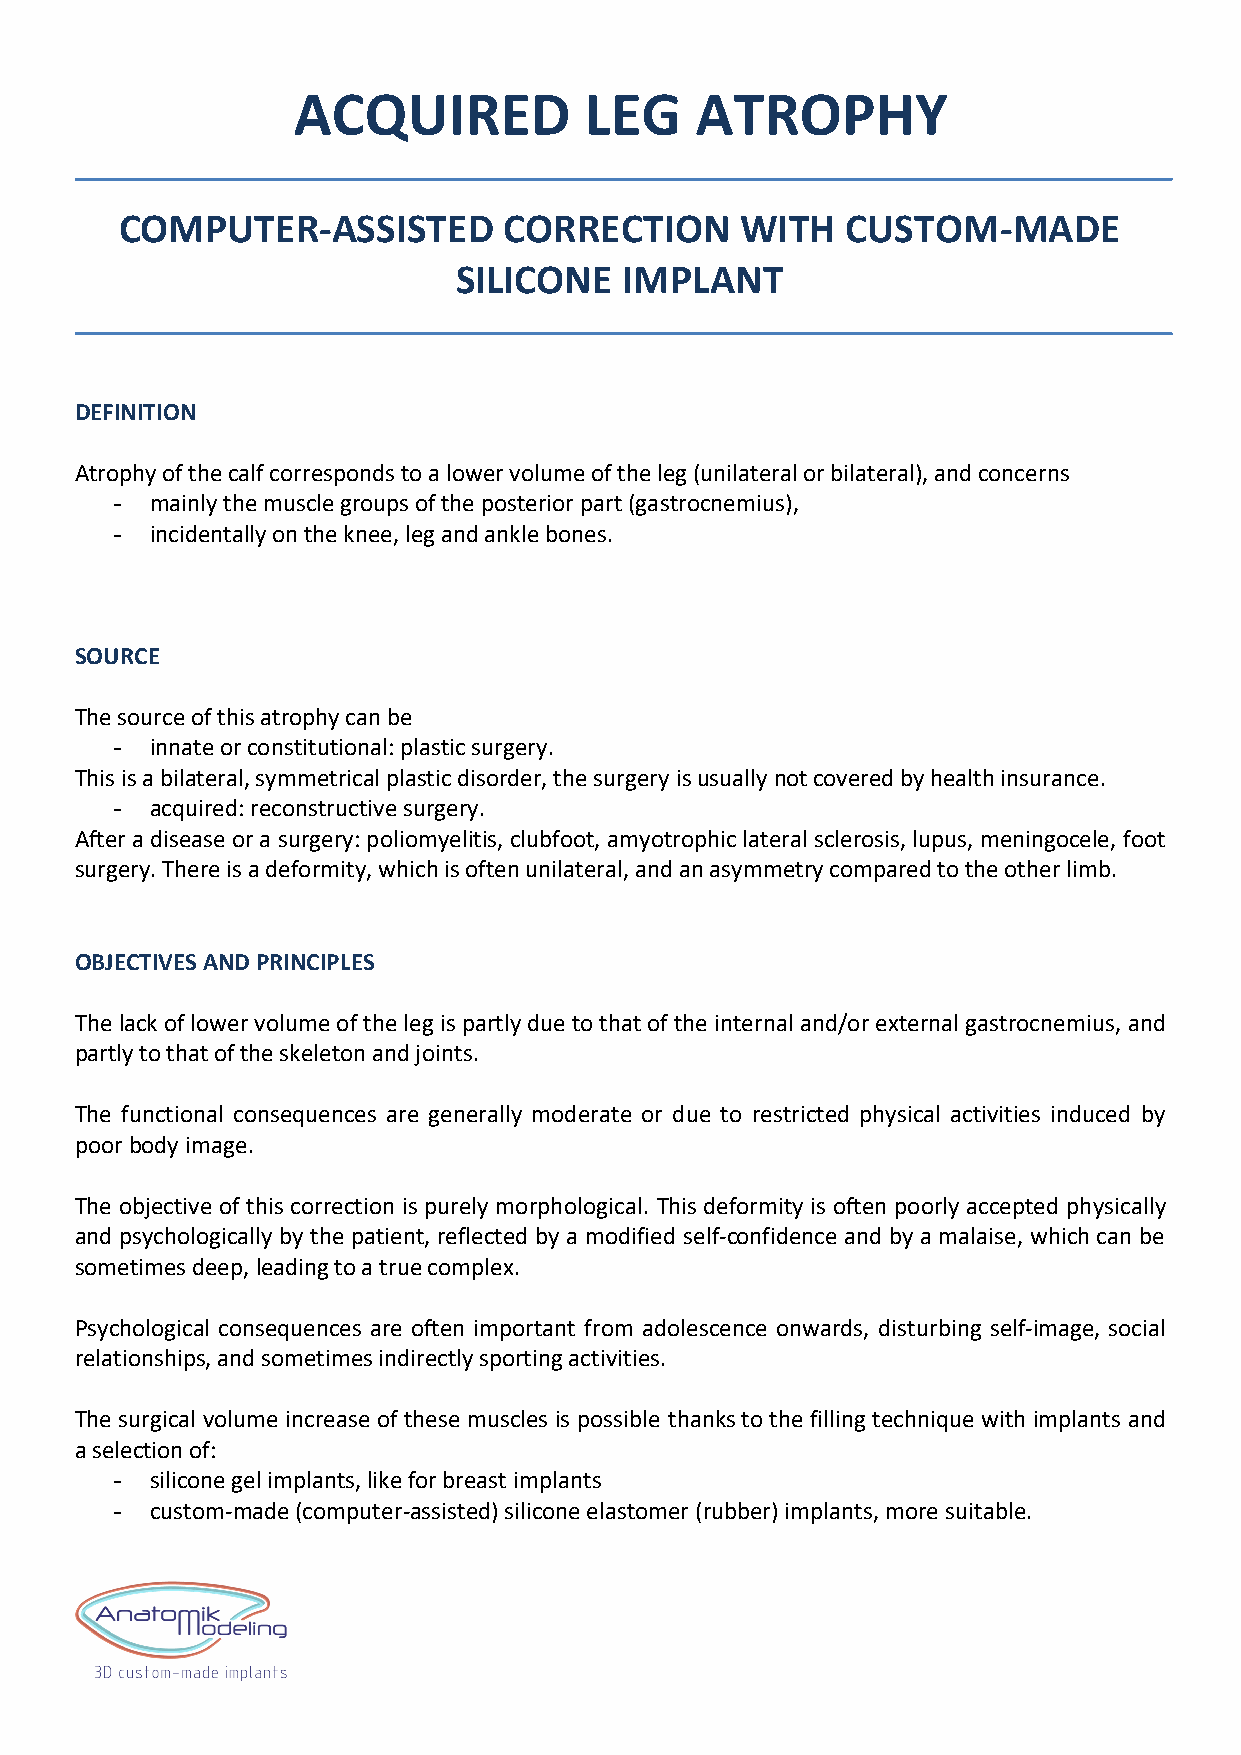
ACQUIRED            LEG    ATROPHY
 COMPUTER-ASSISTED        CORRECTION      WITH   CUSTOM-MADE
 SILICONE   IMPLANT
 DEFINITION
 Atrophy of the calf corresponds to a lower volume of the leg (unilateral or bilateral), and concerns
 -  mainly the muscle groups of the posterior part (gastrocnemius),
 -  incidentally on the knee, leg and ankle bones.
 SOURCE
 The source of this atrophy can be
 -  innate or constitutional: plastic surgery.
 This is a bilateral, symmetrical plastic disorder, the surgery is usually not covered by health insurance.
 -  acquired: reconstructive surgery.
 After a disease or a surgery: poliomyelitis, clubfoot, amyotrophic lateral sclerosis, lupus, meningocele, foot
 surgery. There is a deformity, which is often unilateral, and an asymmetry compared to the other limb.
 OBJECTIVES AND PRINCIPLES
 The lack of lower volume of the leg is partly due to that of the internal and/or external gastrocnemius, and
 partly to that of the skeleton and joints.
 The functional consequences are generally moderate or due to restricted physical activities induced by
 poor body image.
 The objective of this correction is purely morphological. This deformity is often poorly accepted physically
 and psychologically by the patient, reflected by a modified self-confidence and by a malaise, which can be
 sometimes deep, leading to a true complex.
 Psychological consequences are often important from adolescence onwards, disturbing self-image, social
 relationships, and sometimes indirectly sporting activities.
 The surgical volume increase of these muscles is possible thanks to the filling technique with implants and
 a selection of:
 -  silicone gel implants, like for breast implants
 -  custom-made (computer-assisted) silicone elastomer (rubber) implants, more suitable.